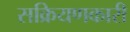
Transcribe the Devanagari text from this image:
सक्रियणकारी